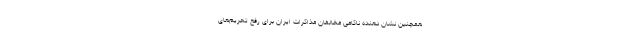
همچنین نشان دهنده ناکامی مخالفان مذاکرات ایران برای رفع تحریم‌های